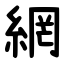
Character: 網